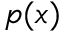
p ( x )